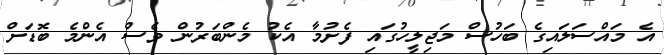
އެ މައްސަލައިގެ ބަހުސް މަޖިލީހުގައި ފެށުމާ އެކު މެންބަރުން ވެސް އެންމެ ބޮޑަށް